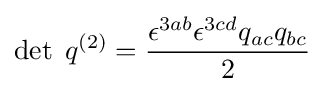
\det \;q^{(2)}={\epsilon ^{3ab}\epsilon ^{3cd}q_{ac}q_{bc} \over 2}